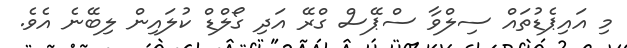
މި އައިޕެޑުތައް ސިލްވާ ސްޕޭސް ގްރޭ އަދި ގޯލްޑް ކުލައިން ލިބޭނެ އެވެ.